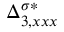
{ \Delta } _ { 3 , x x x } ^ { \sigma * }